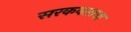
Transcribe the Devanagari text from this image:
सरकवताना